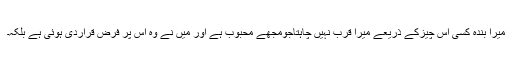
میرا بندہ کسی اس چیزکے ذریعے میرا قرب نہیں چاہتاجومجھے محبوب ہے اور میں نے وہ اس پر فرض قراردی ہوئی ہے بلکہ۔